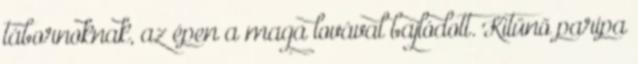
tábornoknak, az épen a maga lovával bajlódott. Kitűnő paripa